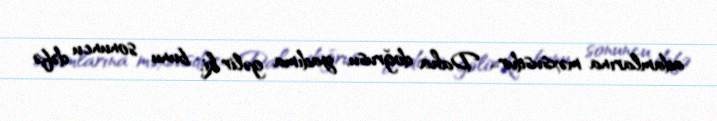
adamlarına məxsusdur... Daha doğrusu, yadıma gəlir ki, bunu sonuncu dəfə